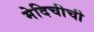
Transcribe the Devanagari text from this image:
मेदिचीची